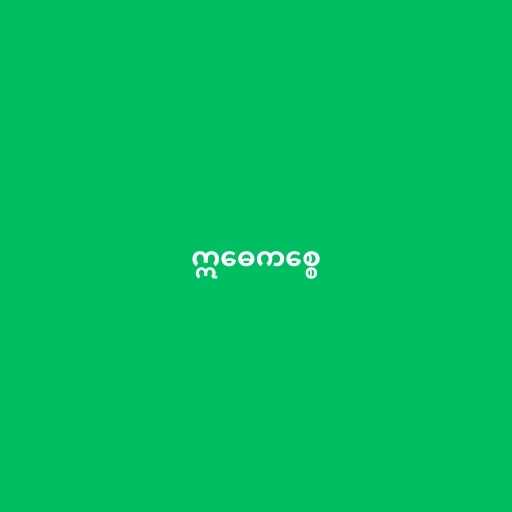
ဣဓေကစ္စေ